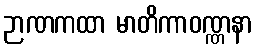
ဉာဏကထာ မာတိကာဝဏ္ဏနာ